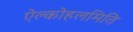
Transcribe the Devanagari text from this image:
ऐल्कोहलमिति